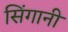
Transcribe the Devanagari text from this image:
सिंगानी